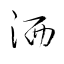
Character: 洒